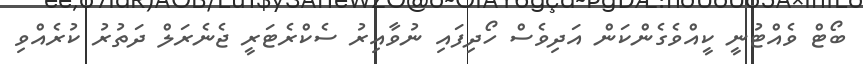
ބޯޓް ވެއްޓުނީ ކީއްވެގެންކަން އަދިވެސް ހޯދިފައި ނުވާއިރު ސެކްރެޓަރީ ޖެނެރަލް ދަތުރު ކުރެއްވި